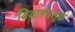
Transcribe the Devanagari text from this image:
विवाहोत्सूक